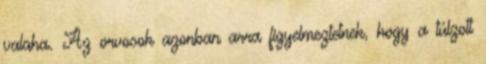
valaha. Az orvosok azonban arra figyelmeztetnek, hogy a túlzott